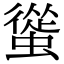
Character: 𧐱